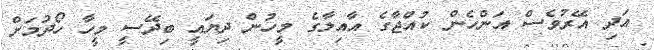
އަދި އޭރުވެސް އަންހެން ކުއްޖާގެ އާއިލާގެ މީހުން ދިޔައީ ބިދޭސީ މީހާ ހޯދުމަށް